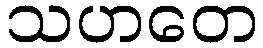
သဟတေ